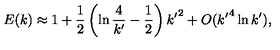
E ( k ) \approx 1 + \frac { 1 } { 2 } \left( \ln \frac { 4 } { { k ^ { \prime } } } - \frac { 1 } { 2 } \right) { k ^ { \prime } } ^ { 2 } + O ( { k ^ { \prime } } ^ { 4 } \ln { k ^ { \prime } } ) ,